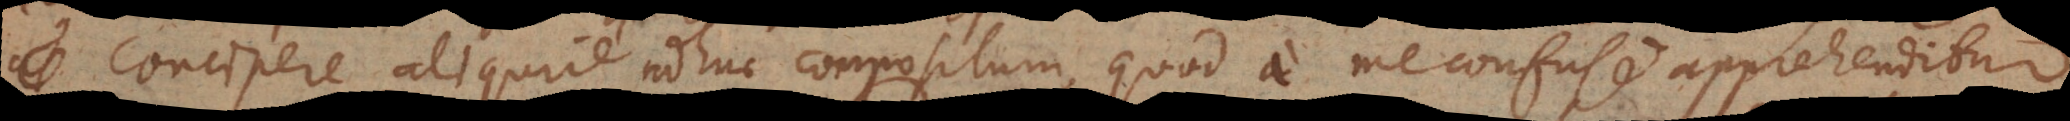
concipere aliquid adhuc compositum, quod a me confuse apprehenditur.